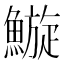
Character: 䲂